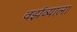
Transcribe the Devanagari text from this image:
वर्झव्याला